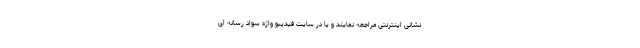
نشانی اینترنتی مراجعه نمایند و یا در سایت فیدیبو واژه سواد رسانه ای